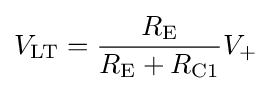
V_{\mathrm {LT} }={\frac {R_{\mathrm {E} }}{R_{\mathrm {E} }+R_{\mathrm {C1} }}}{V_{+}}